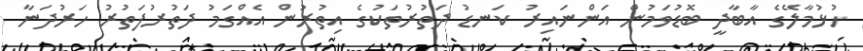
ހުޅުމާލޭގެ އާބާދީ ބޮޑުވަމުން އަންނައިރު ކަނޑު ދަތުރުތަކުގެ އިތުރުން އެއްގަމު ދަތުރުފަތުރު ހަރުދަނާ